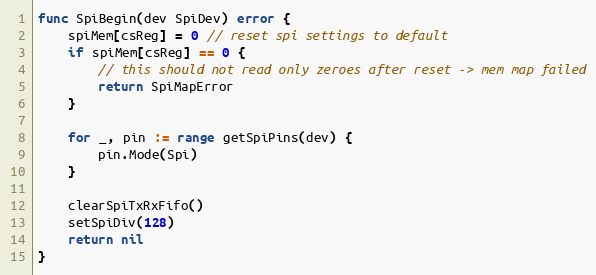
Language: Go
func SpiBegin(dev SpiDev) error {
	spiMem[csReg] = 0 // reset spi settings to default
	if spiMem[csReg] == 0 {
		// this should not read only zeroes after reset -> mem map failed
		return SpiMapError
	}

	for _, pin := range getSpiPins(dev) {
		pin.Mode(Spi)
	}

	clearSpiTxRxFifo()
	setSpiDiv(128)
	return nil
}